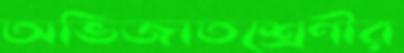
অভিজাতশ্রেণীর